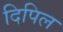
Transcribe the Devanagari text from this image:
दिपिल